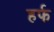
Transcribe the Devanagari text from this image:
हर्फ